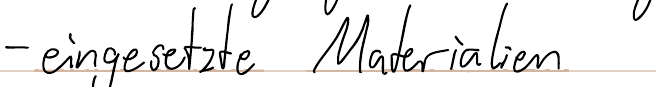
- eingesetzte Materialien